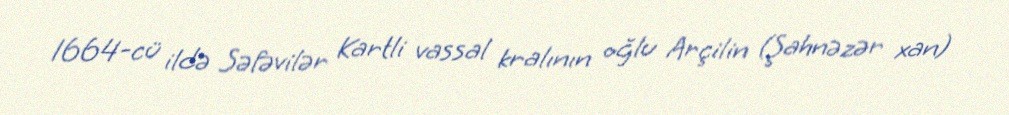
1664-cü ildə Səfəvilər Kartli vassal kralının oğlu Arçilin (Şahnəzər xan)